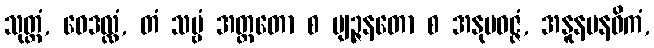
သုတ္တံ, ဝေဒလ္လံ, တံ သဗ္ဗံ အတ္ထတော စ ဗျဉ္ဇနတော စ အနုပဝဇ္ဇံ, အနူနမနဓိကံ,